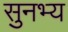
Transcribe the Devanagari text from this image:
सुनभ्य